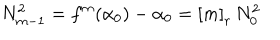
N _ { m - 1 } ^ { 2 } = f ^ { m } ( \alpha _ { 0 } ) - \alpha _ { 0 } = \left[ m \right] _ { r } \, N _ { 0 } ^ { 2 }